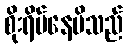
စိုးရိမ်နေမိသည်